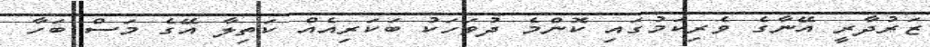
ޒަރުދާރީ އޭނާގެ ވެރިކަމުގައި ކޮންމެ ދުވަހަކު ބަކަރިއެއް ކަތިލާ އޭގެ މަސް ބަހާ